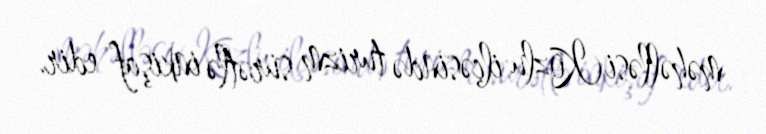
məhəlləsi Kozlu ilçəsində turizm sürətlə inkişaf edir.